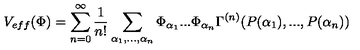
V _ { e f f } ( \Phi ) = \sum _ { n = 0 } ^ { \infty } \frac { 1 } { n ! } \sum _ { \alpha _ { 1 } , . . . , \alpha _ { n } } \Phi _ { \alpha _ { 1 } } . . . \Phi _ { \alpha _ { n } } \Gamma ^ { ( n ) } ( P ( \alpha _ { 1 } ) , . . . , P ( \alpha _ { n } ) )